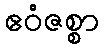
ဧဝံဇစ္စာ